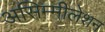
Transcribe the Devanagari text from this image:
असिम्मीलेशन